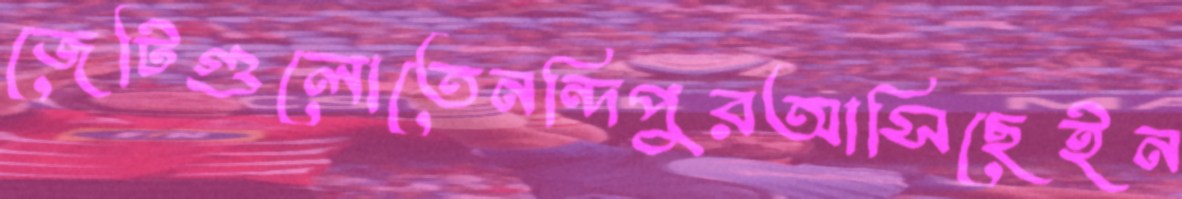
জেটিগুলোতেনন্দিপুরআসিছেইন